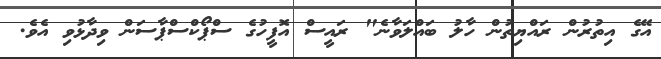
އޭގެ އިތުރުން ރައްޔިތުން ހާލު ބައްލަވާނެ" ރައީސް އޮފީހުގެ ސްޕޯކްސްޕާސަން ވިދާޅުވި އެވެ.